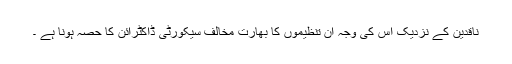
ناقدین کے نزدیک اس کی وجہ ان تنظیموں کا بھارت مخالف سیکورٹی ڈاکٹرائن کا حصہ ہونا ہے ۔